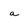
Character: a